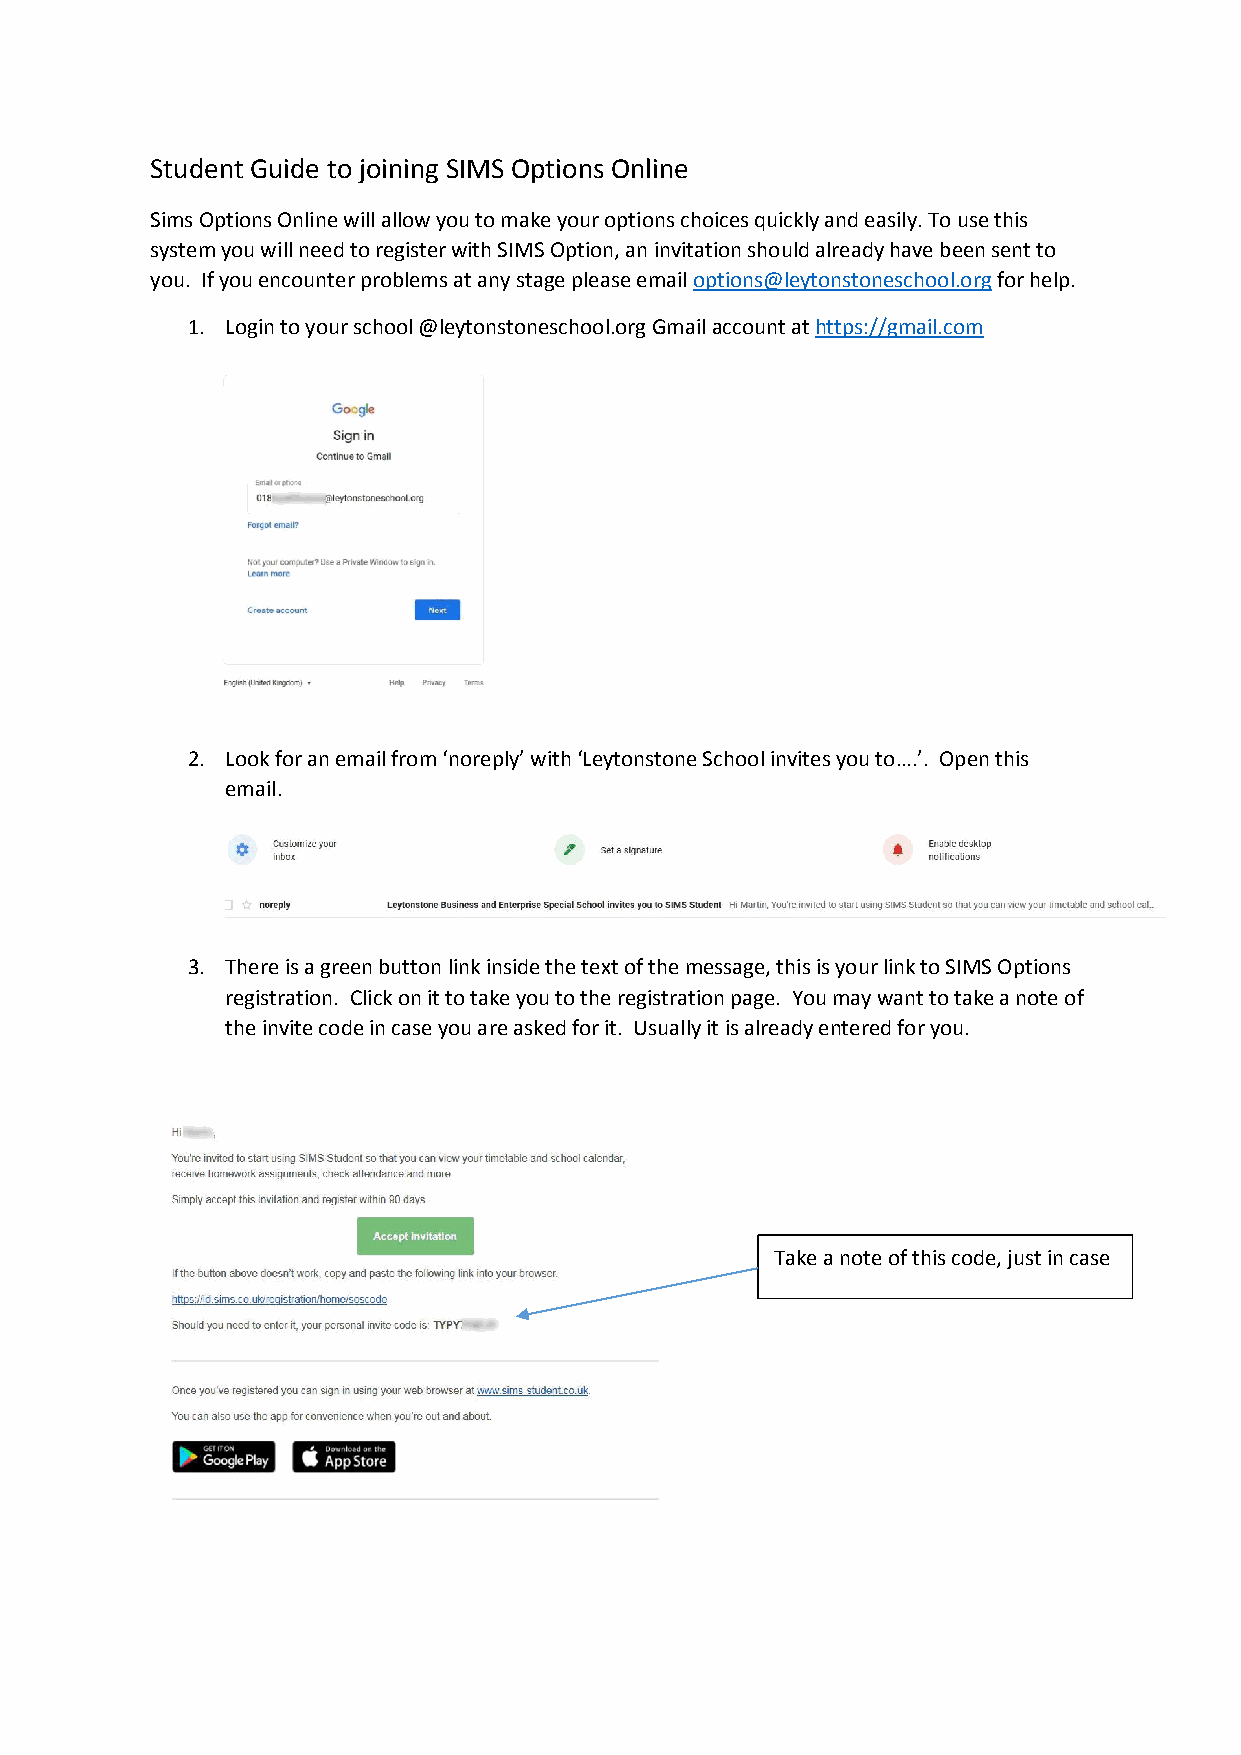
Student Guide to joining SIMS Options Online
 Sims Options Online will allow you to make your options choices quickly and easily. To use this
 system you will need to register with SIMS Option, an invitation should already have been sent to
 you. If you encounter problems at any stage please email options@leytonstoneschool.org for help.
 1. Login to your school @leytonstoneschool.org Gmail account at https://gmail.com
 2. Look for an email from ‘noreply’ with ‘Leytonstone School invites you to….’. Open this
 email.
 3. There is a green button link inside the text of the message, this is your link to SIMS Options
 registration. Click on it to take you to the registration page. You may want to take a note of
 the invite code in case you are asked for it. Usually it is already entered for you.
 Take a note of this code, just in case